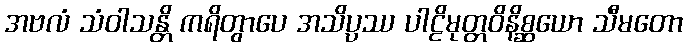
အဗလံ သံဝါသန္တိ ကရိတွာပေ အသိပ္ပဿ ပါဠိမုတ္တဝိနိစ္ဆယော သီမတော